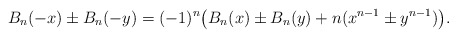
\begin{align*}B_n ( - x) \pm B_n ( - y) =(-1)^n\big( B_n (x) \pm B_n (y) + n(x^{n - 1} \pm y^{n - 1} )\big).\end{align*}